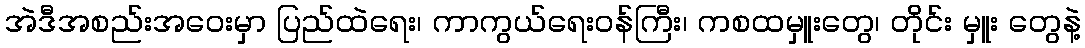
အဲဒီအစည်းအဝေးမှာ ပြည်ထဲရေး၊ ကာကွယ်ရေးဝန်ကြီး၊ ကစထမှူးတွေ၊ တိုင်း မှူး တွေနဲ့